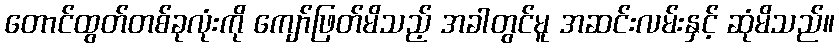
တောင်ထွတ်တစ်ခုလုံးကို ကျော်ဖြတ်မိသည့် အခါတွင်မူ အဆင်းလမ်းနှင့် ဆုံမိသည်။